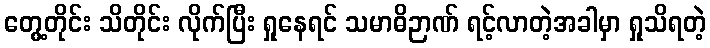
တွေ့တိုင်း သိတိုင်း လိုက်ပြီး ရှုနေရင် သမာဓိဉာဏ် ရင့်လာတဲ့အခါမှာ ရှုသိရတဲ့